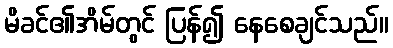
မိခင်၏အိမ်တွင် ပြန်၍ နေစေချင်သည်။